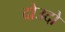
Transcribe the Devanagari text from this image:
दोउदो